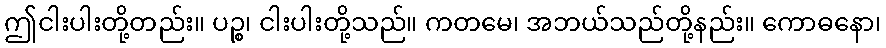
ဤငါးပါးတို့တည်း။ ပဉ္စ၊ ငါးပါးတို့သည်။ ကတမေ၊ အဘယ်သည်တို့နည်း။ ကောဓနော၊